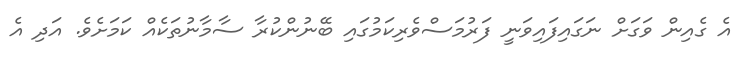
އެ ގެއިން ވަގަށް ނަގައިފައިވަނީ ފަރުމަސްވެރިކަމުގައި ބޭނުންކުރާ ސާމާނުތަކެއް ކަމަށެވެ. އަދި އެ